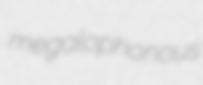
megalophonous